Annual report on the working of the lock hospitals in the Central Provinces
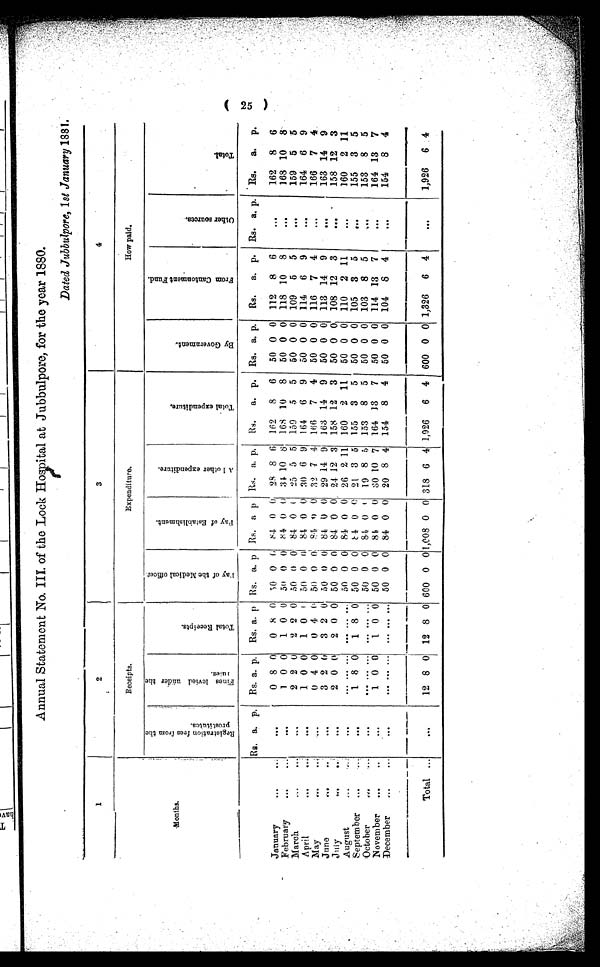
Annual Statement No. III. of the Lock Hospital at Jubbulpore, for the year 1880.
Dated Jubbulpore, 1 st January 1881.
1
2
3
4
Receipts.
Expenditure.
How paid.
Months.
R e g i s t r a t i o n f e e s f r o m t h e
p r o s t i t u t e s . F i n e s l e v i e d u n d e r t h e
r u l e s .
T o t a l R e c e i p t s .
P a y o f t h e M e d i c a l o f f i c e r . P a y o f E s t a b l i s h m e n t .
A l l o t h e e x p e n d i t u r e .
T o t a l e x p e n d i t u r e .
B y G o v e r n m e n t .
F r o m C a n t o n m e n t F u n d .
O t h e r s o u r c e s .
T o t a l .
Rs. a. p. Rs. a. p. Rs. a. p. Rs. a. p. Rs. a p. Rs. a. p. Rs. a. p. Rs. a. p. Rs. a. p. Rs. a. p. Rs. a.
p .
January
... ...
. . .
0 8 0 0 8 0 50 0 0
8 4 0 0 28 8 6 162 8 6 50 0 0 112 8 6
...
162 8 6
February
... ...
. . .
1 0 0 1 0 0 50 0 0
8 4 0 0 34 10 8 168 10 8 50 0 0 118 10 8
...
168 10 8
March
... ...
. . .
2 2 0 2 2 0 50 0 0 84 0 0 25 5 5 159 5 5 50 0 0 109 5 5
...
159 5 5
April
... ...
. . .
1 0 0 1 0 0 50 0 0 84 0 0 30 6 9 164 6 9 50 0 0 114 6 9
...
164 6 9
May
... ...
. . .
0 4 0 0 4 0 50 0 0 84 0 0 32 7 4 166 7 4 50 0 0 116 7 4
...
166 7 4
June
... ...
. . .
3 2 0 3 2 0 50 0 0 84 0 0 29 14 9 163 14 9 50 0 0 113 14 9
...
163 14 9
July
... ...
. . .
2 0 0 2 0 0 50 0 0 84 0 0 24 12 3 158 12 3 50 0 0 108 12 3
...
158 12 3
August
...
...
. . .
. . . . . . . . . ... ... ... 50 0 0 84 0 0 26 2 11 160 2 11 50 0 0 110 2 11
...
160 2 11
September ... ...
. . .
1 8 0 1 8 0 50 0 0
8 4 0 0 21 3 5 155 3 5 50 0 0 105 3 5
...
155 3 5
October
...
. . .
. . .
.... . . . . . . ... . . . ... 50 0 0 84 0 0 19 8 5 153 8 5 50 0 0 103 8 5
...
153 8 5
November
...
...
. . .
1 0 0 1 0 0 50 0 0 84 0 0 30 10 7 164 13 7 50 0 0 114 13 7
...
164 13 7
December ...
...
. . .
. . . . . . . . . ... . . . ... 50 0 0 84 0 0 20 8 4 154 8 4 50 0 0 104 8 4
...
154 8 4
Total ...
...
. . .
12 8 0 12 8 0 600 0
0 1,008 0 0 318 6 4 1,926 6 4 600 0 0 1,326 6 4
...
1,926 6 4
( 25 )